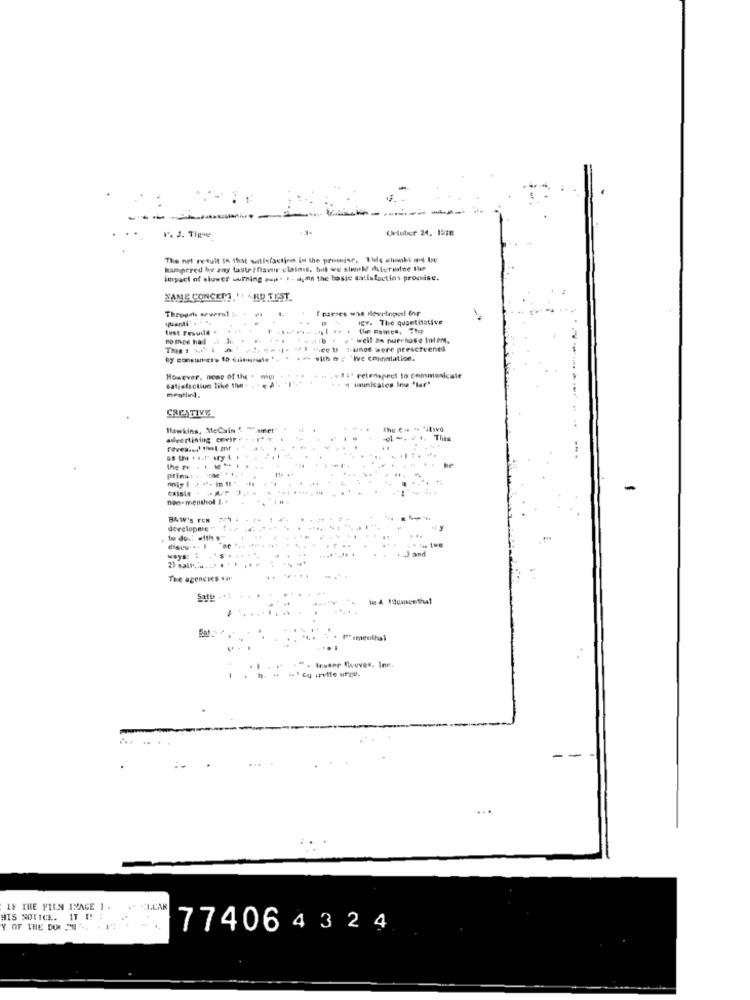
October 24. 1278
1. J. Tige
The net result in that satisfaction In the promise. The shinobi wod tu
hampered be any taste ?favor claims, but we sinuld duvrinne Ilie
impact of sluwer surning soph . 1. ayon the basic satisfaction promise.
YAME CONCEPT VI ARD TEST
parses was developed for
Through several :
gr. The quantitative
lust Trouile .
the names, The
no med had it Je .
" well as nurchose Intem.
"ice 11 !- une were prescreenes
.----- Ive connatation.
However, none of the . nul
Satisfaction like the .
«11* retmapnet to communicate
- 4 municales Inu 'lar"
CREATIVE
Hawkins, MeCain &. . mmer'
advertising covir
Prime: -
B&W's FEN
developme "
2) and
wwys:#
2) sall .....
The agencies w
Youmentha!
Sat
· teuser Chuves, Ine.
-
IF THE FILM IMAGE 1 .
HIS NOTICE. IT I! :
Y OF THE DON U .,
774064324